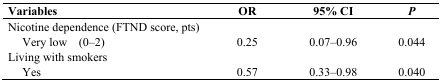
<table><thead><tr><td><b>Variables</b></td><td><b>OR</b></td><td><b>95% CI </b></td><td><b><i>P</i></b></td></tr></thead><tbody><tr><td>Nicotine dependence (FTND score, pts)</td><td></td><td></td><td></td></tr><tr><td>Very low (0–2)</td><td>0.25</td><td>0.07–0.96</td><td>0.044</td></tr><tr><td>Living with smokers</td><td></td><td></td><td></td></tr><tr><td>Yes</td><td>0.57</td><td>0.33–0.98</td><td>0.040</td></tr></tbody></table>